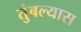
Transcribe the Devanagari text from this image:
तुंबल्यास